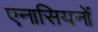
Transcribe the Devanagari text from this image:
एनासियनों